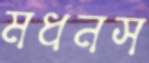
মধনস